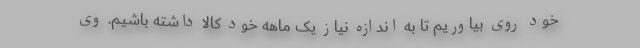
خود روی بیاوریم تا به اندازه نیاز یک ماهه خود کالا داشته باشیم. وی